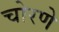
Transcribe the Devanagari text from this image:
चोरणे